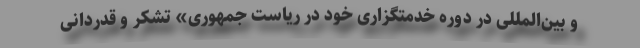
و بین‌المللی در دوره خدمتگزاری خود در ریاست ‌جمهوری» تشكر و قدردانی